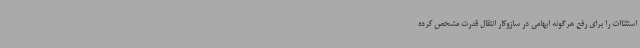
استثناات را برای رفع هرگونه ابهامی در سازوکار انتقال قدرت مشخص کرده